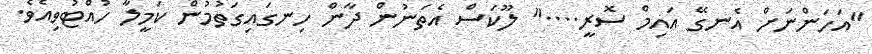
"އަހަންނަށް އެނގޭ އައިމް ސޮރީ...." ލޫކަސް އެތަނުން ދާން ހިނގައިގަތުމުން ކަމީލާ ހުއްޓުވިއެވެ.